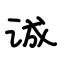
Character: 诚